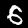
Digit: 6